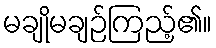
မချိုမချဉ်ကြည့်၏။